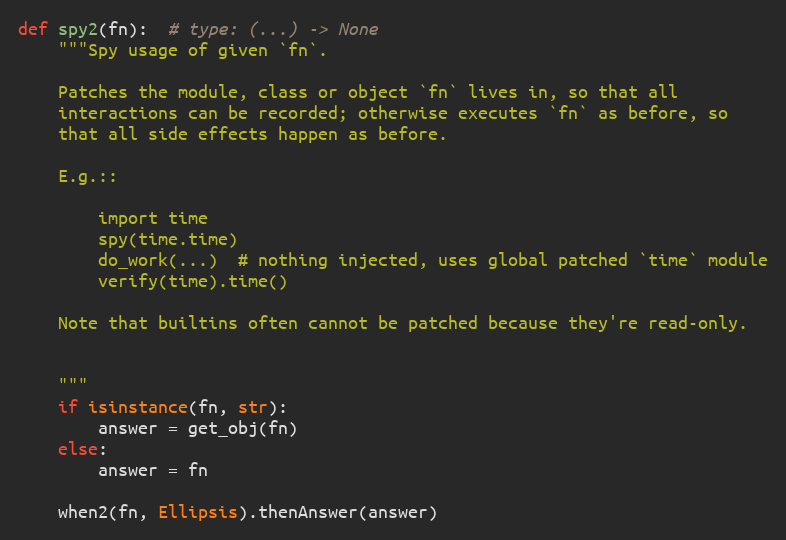
Language: Python
def spy2(fn):  # type: (...) -> None
    """Spy usage of given `fn`.

    Patches the module, class or object `fn` lives in, so that all
    interactions can be recorded; otherwise executes `fn` as before, so
    that all side effects happen as before.

    E.g.::

        import time
        spy(time.time)
        do_work(...)  # nothing injected, uses global patched `time` module
        verify(time).time()

    Note that builtins often cannot be patched because they're read-only.

    """
    if isinstance(fn, str):
        answer = get_obj(fn)
    else:
        answer = fn

    when2(fn, Ellipsis).thenAnswer(answer)